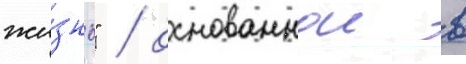
жи́знь" / основаннои в